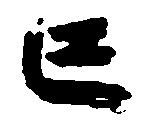
亡